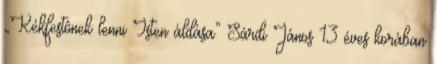
„Kékfestônek lenni Isten áldása” Sárdi János 13 éves korában